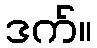
ဒက်။